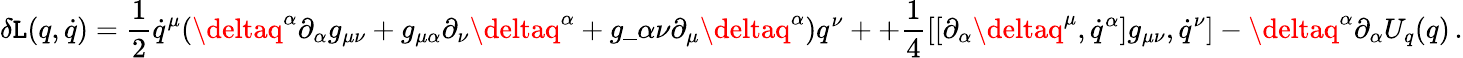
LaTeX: \delta\mathtt{L}(q,\dot{{q}})=\frac{{1}}{{2}}\dot{{q}}^{\mu}(\deltaq^{\alpha}\partial_{\alpha}g_{\mu\nu}+g_{\mu\alpha}\partial_{\nu}\deltaq^{\alpha}+g\_ {\alpha\nu}\partial_{\mu}\deltaq^{\alpha})q^{\nu}++\frac{{1}}{{4}}\left[\left[\partial_{\alpha}\deltaq^{\mu},\dot{{q}}^{\alpha}\right]g_{\mu\nu},\dot{{q}}^{\nu}\right]-\deltaq^{\alpha}\partial_{\alpha}U_{q}(q)\, .